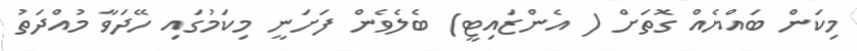
މިކަން ބައްޔެއް ގޮތަށް ( އެންޒައިޓީ) ބެލެވެން ފަށަނީ މިކަމުގައި ހޭދަވާ މުއްދަތު